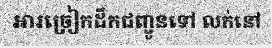
អារច្រៀកដឹកជញ្ជូនទៅ លក់នៅ